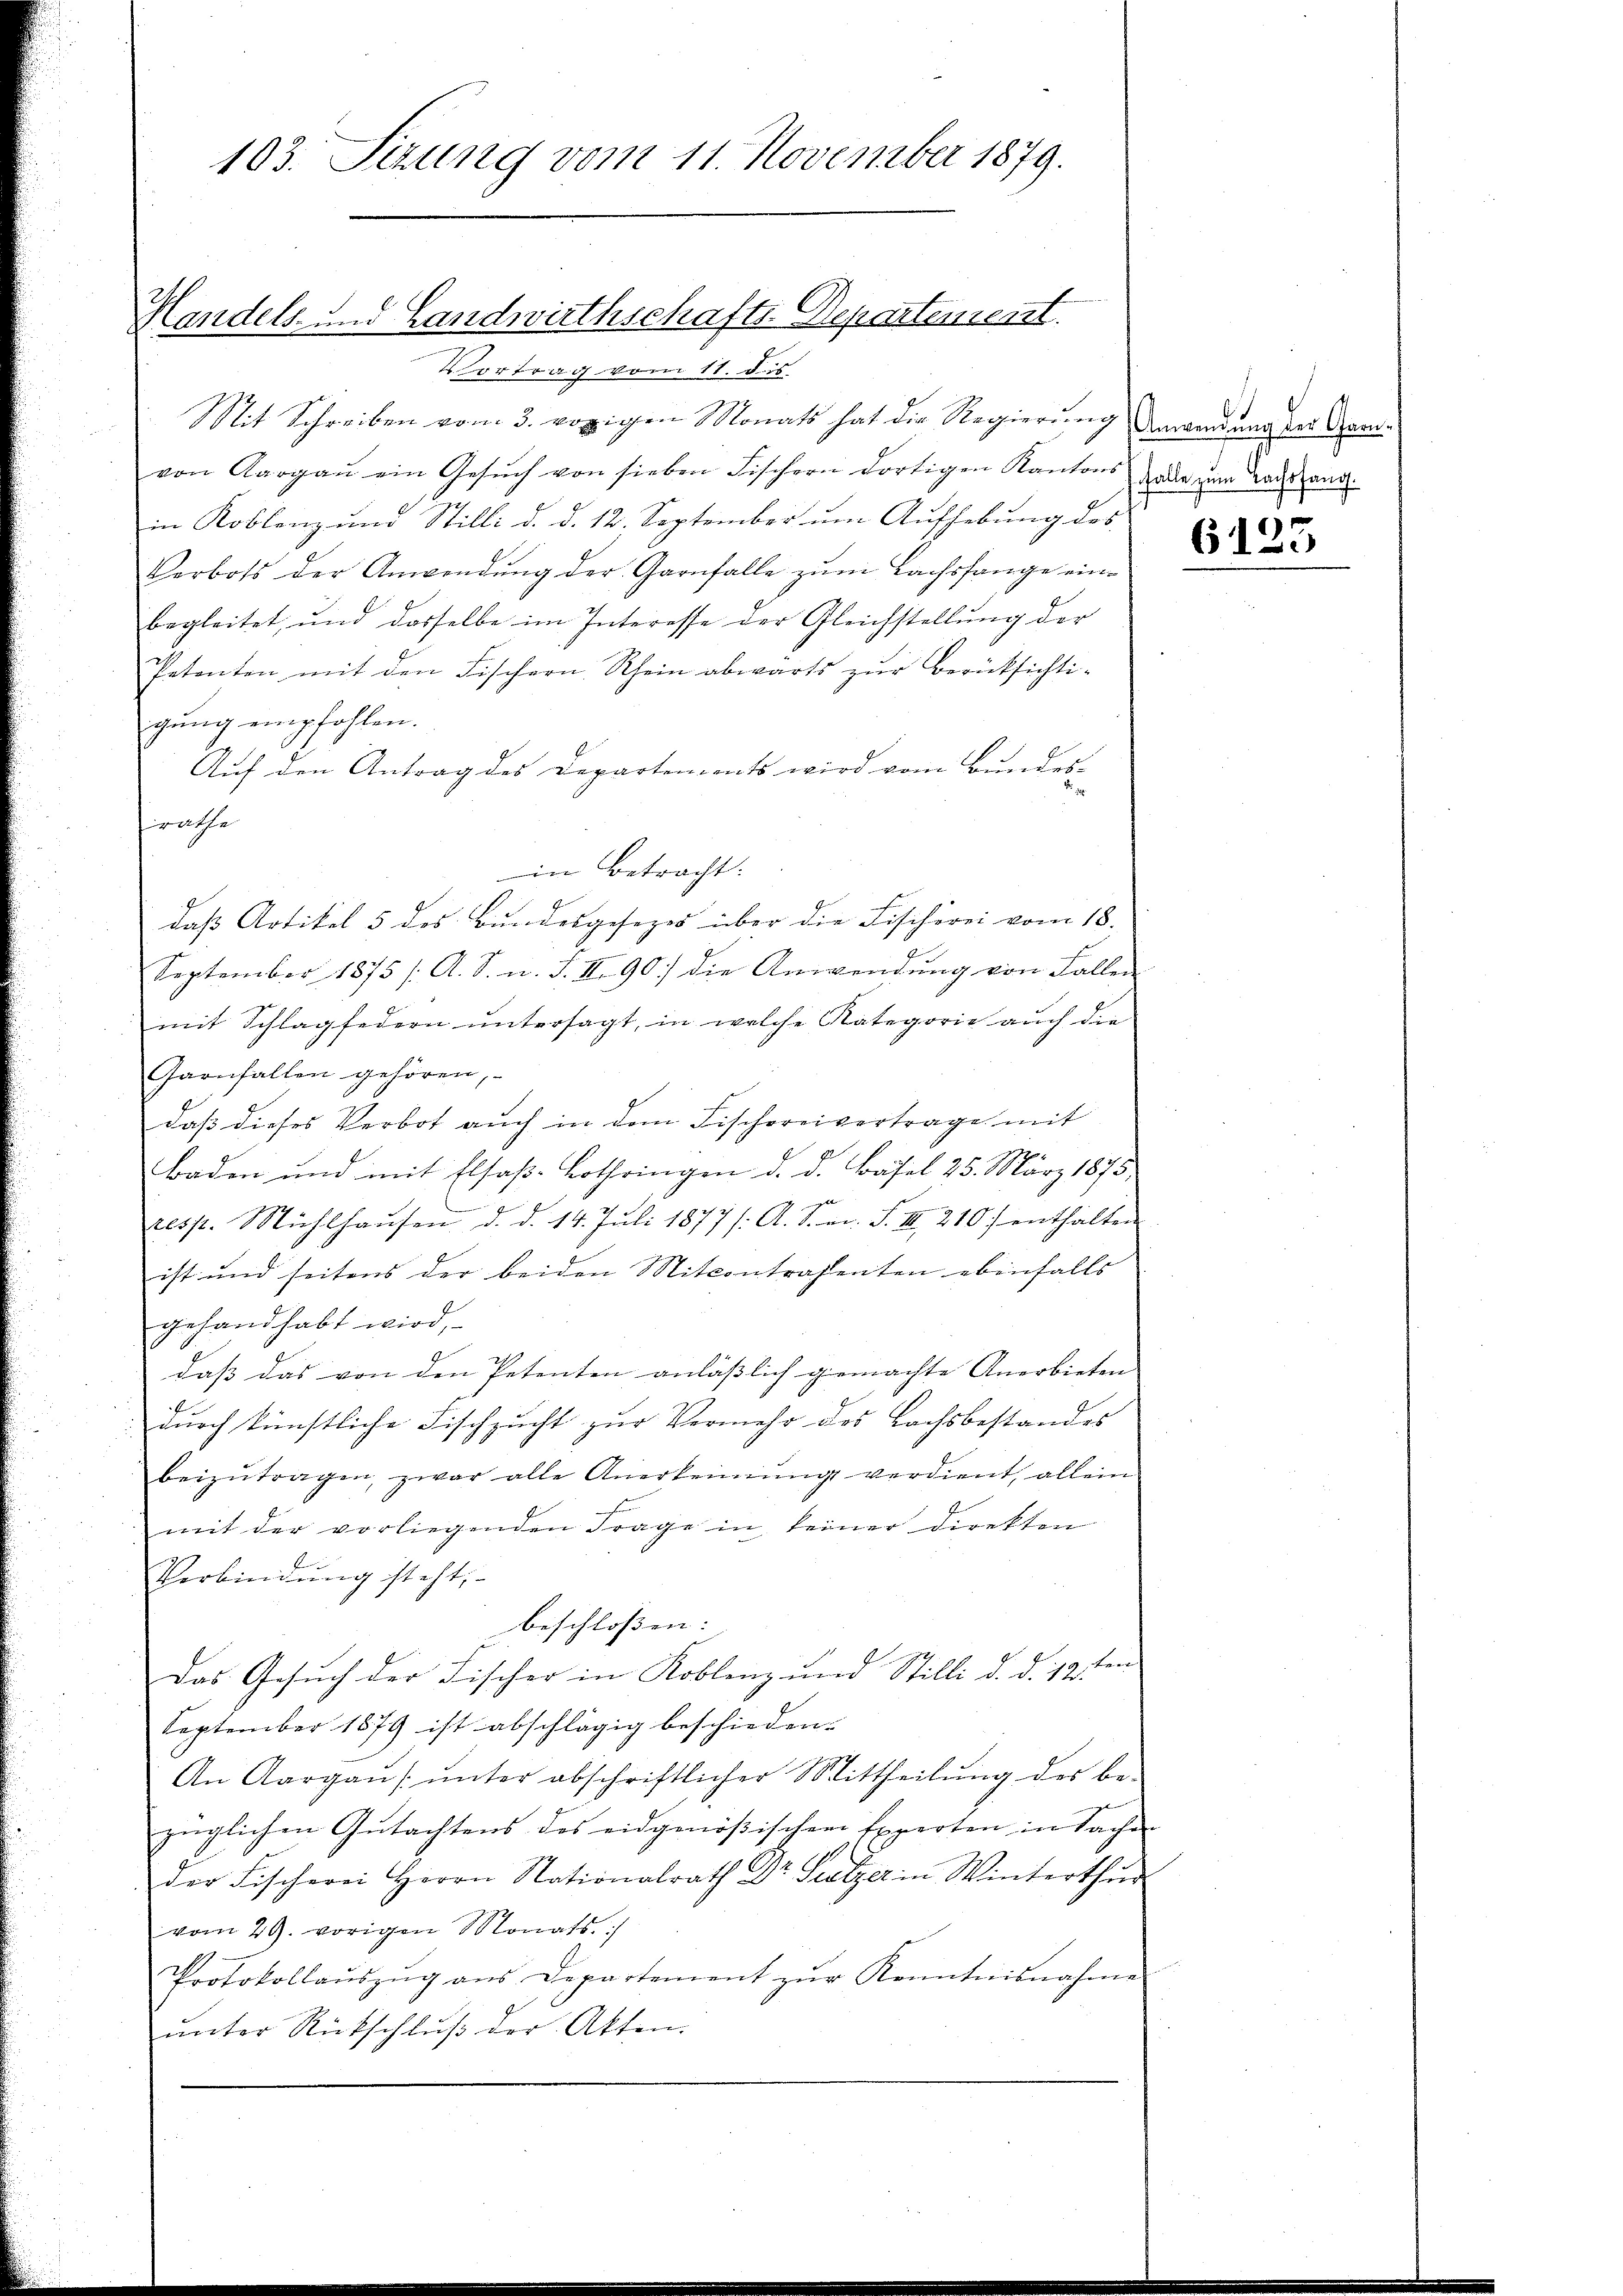
Handels- und Landwirthschafts-Departement.
Vortrag vom 11. ds.

103. Setzung vom 11. November 1879.

Mit Schreiben vom 3. vorigen Monats hat die Regierung Anwendung der Grenvon Aargaŭ ein Gesŭch von sieben Fischern dortigen Kantons
in Koblenz und Stilli d. d. 12. September um Aufhebung des
Verbots der Anwendŭng der Garnfalle zŭm Bachsfange ein-
begleitet, und dasselbe im Interesse der Gleichstellŭng der
Patenten mit den Fischern Rhein abwärts zŭr Berücksichti-
gung empfohlen.
Auf den Antrag des Departements wird vom Bundes-
srathe
in Betracht.
daß Artikel 5 des Bundesgesezes über die Fischerei vom 18.
September 1875 /: A. S. n. F. III 90] die Anwendung von Fallen
mit Schlagfedern untersagt, in welche Kategorie auch die
Garnfallen gehören,
daß dieses Verbot auch in dem Fischereivertrage mit
Baden und mit Elsaß-Lothringen d. d. Basel 25. März 1875. |
resst. Mühlhaŭsen d. d. 14. Juli 1877/A. S. n. F. III 210) enthalten
ist und seitens der beiden Mitcontrahenten ebenfalls
gehandhabt wird,
daß das von den Petenten anlässlich gemachte Anerbieten |
durch künstliche Fischzucht zur Vermehr des Bachsbestandes
beizŭtragen, zwar alle Anerkennung verdient, allein
mit der vorliegenden Frage in keiner direkten
Verbindung steht
beschlossen:
Das Gesuch der Fischer in Koblenz und Stilli d. d. 12ten
September 1879 ist abschlägig beschieden.
An Aargau s ŭnter abschriftlicher Mittheilŭng des be-
züglichen Gutachtens des eidgenößischen Experten in Sachen
der Fischerei Herrn Nationalrath Dr Sulzer in Winterthur
vom 29. vorigen Monats- /
Protokollaŭszŭg ans Departement zŭr Kenntnisnahme
ŭnter Rückschlŭβ der Akten.

Gfalle zum Nachsfang.

6123